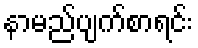
နာမည်ပျက်စာရင်း